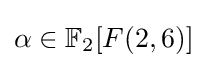
\alpha \in \mathbb {F} _{2}[F(2,6)]